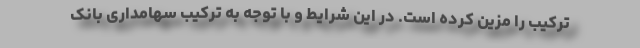
ترکیب را مزین کرده است. در این شرایط و با توجه به ترکیب سهامداری بانک